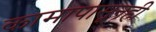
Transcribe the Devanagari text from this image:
कामापासूनही